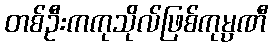
တစ်ဦးကကုသိုလ်ဖြစ်ကုမ္ပဏီ